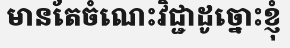
មានតែចំណេះវិជ្ជាដូច្នោះខ្ញុំ